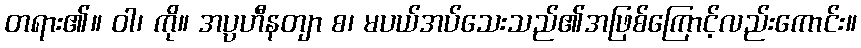
တရား၏။ ဝါ၊ ကို။ အပ္ပဟီနတျာ စ၊ မပယ်အပ်သေးသည်၏အဖြစ်ကြောင့်လည်းကောင်း။